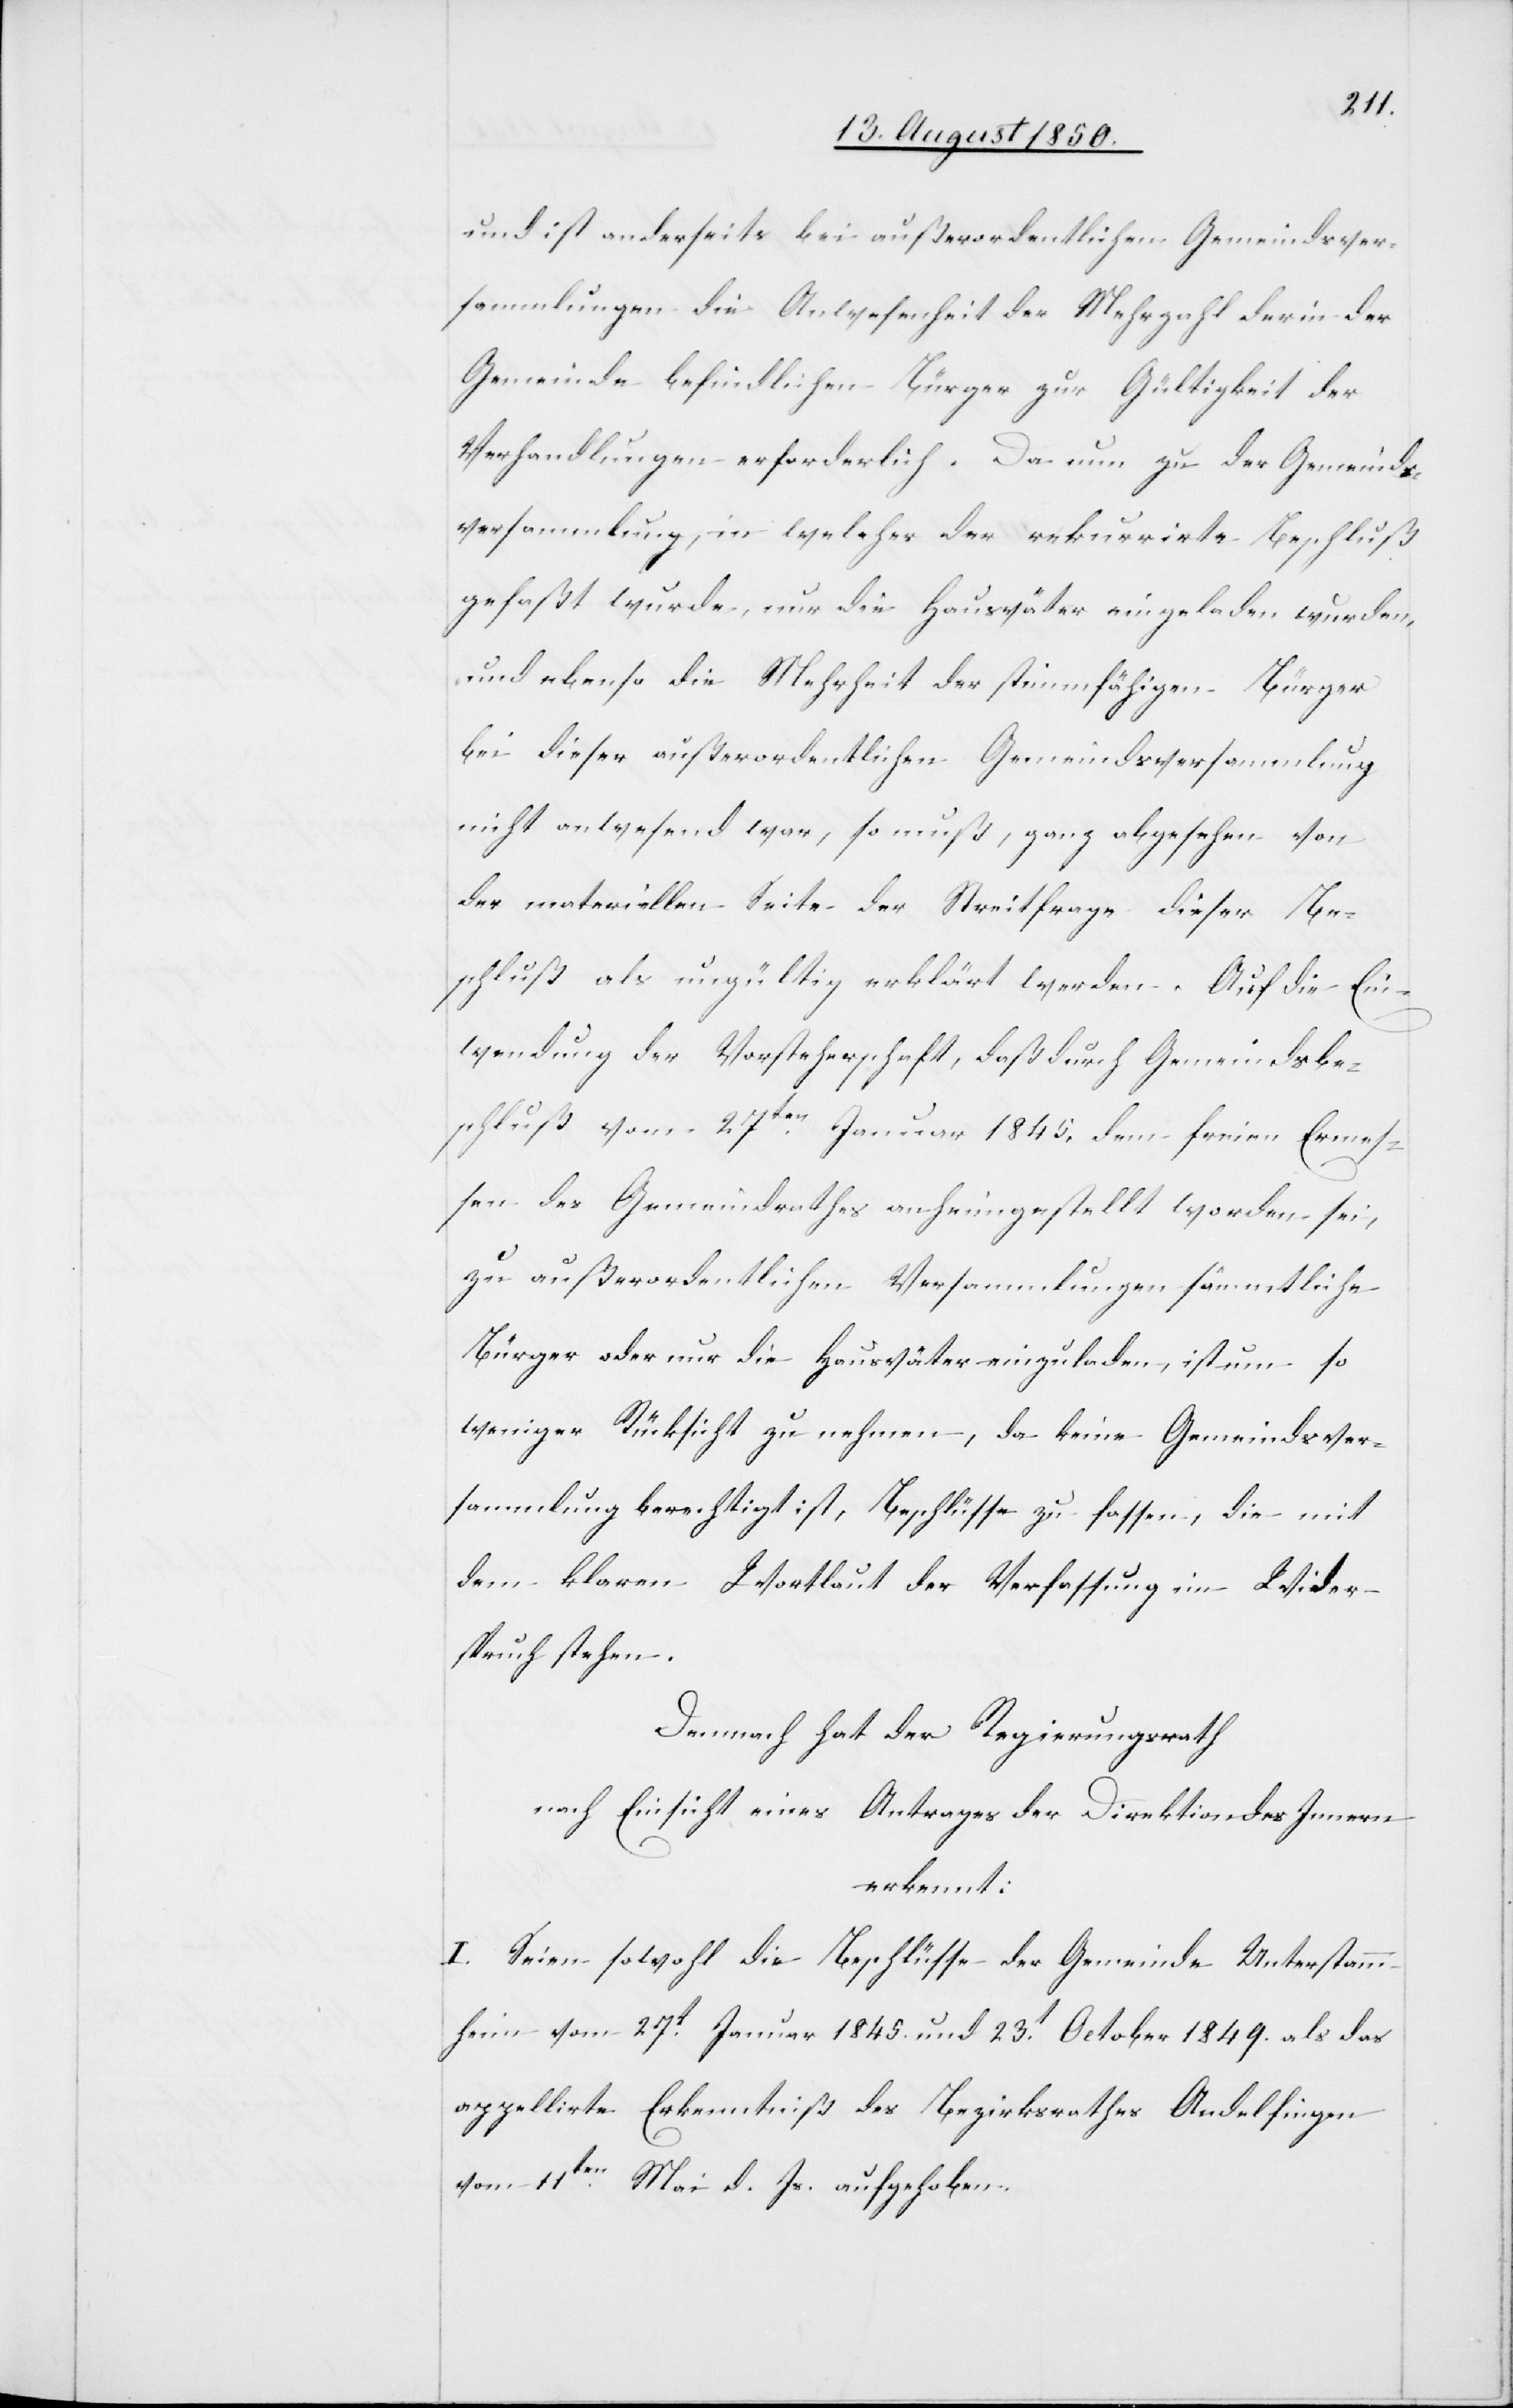
und ist anderseits bei außerordentlichen Gemeindsver¬
sammlungen die Anwesenheit der Mehrzahl der in der
Gemeinde befindlichen Bürger zur Gültigkeit der
Verhandlungen erforderlich. Da nun zu der Gemeinds¬
versammlung, in welcher der rekurrirte Beschluß
gefaßt wurde, nur die Hausväter eingeladen wurden,
und ebenso die Mehrheit der stimmfähigen Bürger
bei dieser außerordentlichen Gemeindsversammlung
nicht anwesend war, so muß, ganz abgesehen von
der materiellen Seite der Streitfrage dieser Be¬
schluß als ungültig erklärt werden. Auf die Ein¬
wendung der Vorsteherschaft, daß durch Gemeindsbe¬
schluß vom 27ten Januar 1845. dem freien Ermes¬
sen des Gemeindrathes anheimgestellt worden sei,
zu außerordentlichen Versammlungen sämmtliche
Bürger oder nur die Hausväter einzuladen, ist um so
weniger Rücksicht zu nehmen, da keine Gemeindsver¬
sammlung berechtigt ist, Beschlüsse zu fassen, die mit
dem klaren Wortlaut der Verfassung im Wider¬
spruch stehen.
Demnach hat der Regierungsrath
nach Einsicht eines Antrages der Direktion des Innern
erkennt:
I. Seien sowohl die Beschlüsse der Gemeinde Unterstamm¬
heim vom 27t Januar 1845. und 23t October 1849. als das
appellirte Erkenntniß des Bezirksrathes Andelfingen
vom 11ten Mai d. Js. aufgehoben.